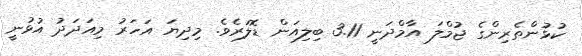
ކުޅުންތެރިންގެ ޖުމްލަ އާމްދަނީ 3.11 ބިލިއަން ޑޮލަރެވެ. މިދިޔަ އަހަރު މިއަދަދު އުޅުނީ